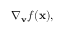
\nabla _ { \mathbf { v } } { f } ( \mathbf { x } ) ,